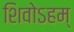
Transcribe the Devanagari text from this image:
शिवोऽहम्